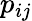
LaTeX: p_{ij}